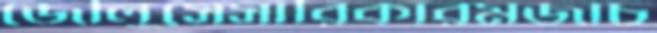
জৌলুসেসারিকারমজাচ